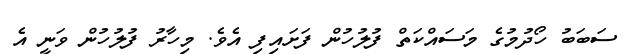
ސަބަބު ހޯދުމުގެ މަސައްކަތް ފުލުހުން ފަށައިފި އެވެ. މިހާރު ފުލުހުން ވަނީ އެ